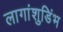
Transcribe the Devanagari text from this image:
लागांशुडिंभ